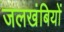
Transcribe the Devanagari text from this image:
जलखंबियों